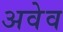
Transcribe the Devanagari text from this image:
अवेव